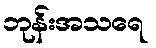
ဘုန်းအသရေ